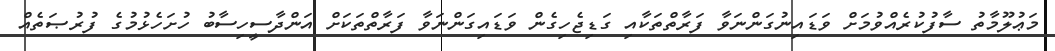
މަޢުލޫމާތު ސާފުކުރެއްވުމަށް ވަޑައިނުގަންނަވާ ފަރާތްތަކާއި ގަޑިޖެހިގެން ވަޑައިގަންނަވާ ފަރާތްތަކަށް އަންދާސީހިސާބު ހުށަހެޅުމުގެ ފުރުޞަތެއް